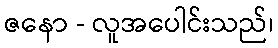
ဇနော - လူအပေါင်းသည်၊